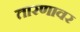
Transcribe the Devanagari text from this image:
तारणावर